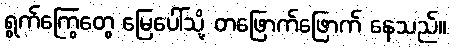
ရွက်ကြွေတွေ မြေပေါ်သို့ တဖြောက်ဖြောက် နေသည်။